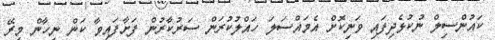
ކައުންސިލް ނުކުޅެދިފައި ވަނިކޮށް އެމައްސަލަ ހައްލުކުރަން ސަރުކާރުން ފަށާފައިވާ ކަން ނިހާން މިރޭ